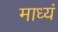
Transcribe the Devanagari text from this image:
माध्यं